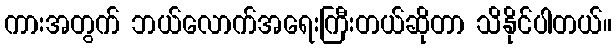
ကားအတွက် ဘယ်လောက်အရေးကြီးတယ်ဆိုတာ သိနိုင်ပါတယ်။